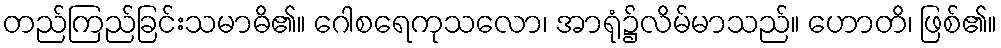
တည်ကြည်ခြင်းသမာဓိ၏။ ဂေါစရေကုသလော၊ အာရုံ၌လိမ်မာသည်။ ဟောတိ၊ ဖြစ်၏။